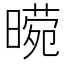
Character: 𭧕